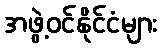
အဖွဲ့ဝင်နိုင်ငံများ